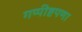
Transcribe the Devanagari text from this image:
गप्पीष्टपणा